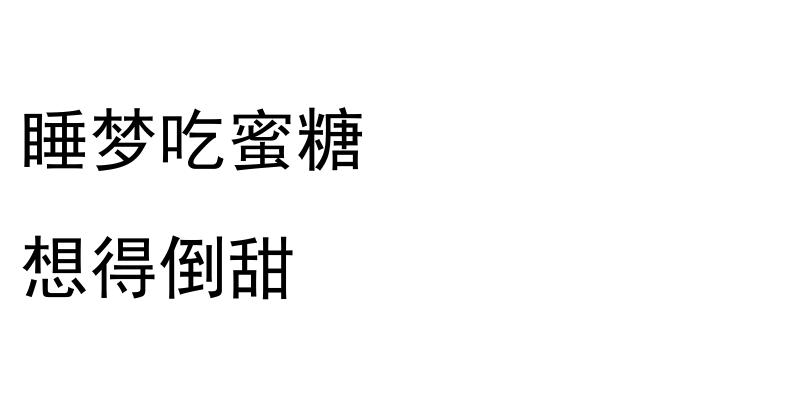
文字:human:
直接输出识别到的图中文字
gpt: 睡梦吃蜜糖 想得倒甜